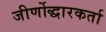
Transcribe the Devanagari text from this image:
जीर्णोद्धारकर्ता